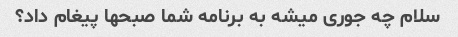
سلام چه جوری میشه به برنامه شما صبحها پیغام داد؟